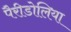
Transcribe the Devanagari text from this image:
पैरीडोलिया